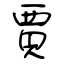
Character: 賈